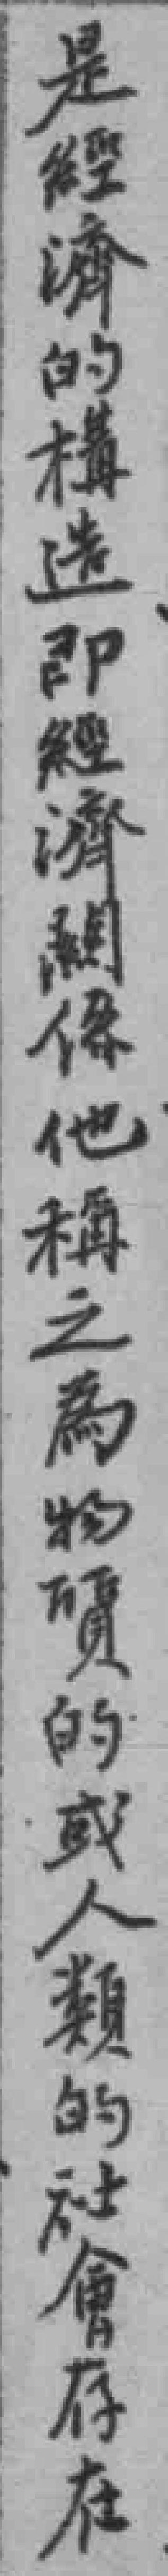
是經濟的構造即經濟關係他稱之為物質的或人類的社會存在